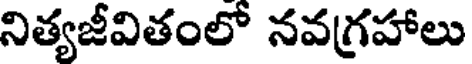
నిత్యజీవితంలో నవగ్రహాలు